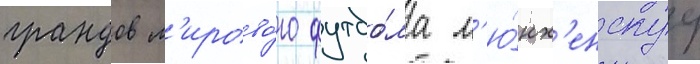
грандов м'ирово́го футбо́ла м'ю́нх'енскуу